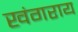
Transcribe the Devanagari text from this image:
खंगराय